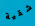
شقية